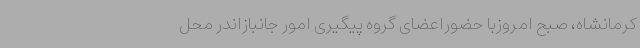
کرمانشاه، صبح‌ امروزبا حضوراعضای گروه پیگیری امور جانبازاندر محل